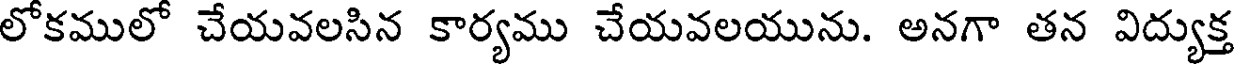
లోకములో చేయవలసిన కార్యము చేయవలయును. అనగా తన విద్యుక్త